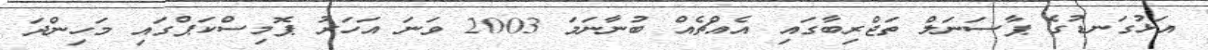
އަޅުގަނޑުގެ ޕާސަނަލް ތަޖްރިބާގައި އެއްޗެއް ބުނާނަމަ 2003 ވަނަ އަހަރު ޕޮމިސްކަޕްގައި މަހިންދަ